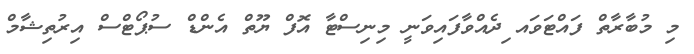
މި މުބާރާތް ފައްޓަވައ ިދެއްވާފައިވަނީ މިނިސްޓާ އޮފް ޔޫތް އެންޑް ސުޕޯޓްސް އިރުތިޝާމް